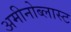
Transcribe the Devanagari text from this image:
अमीनोब्लास्ट